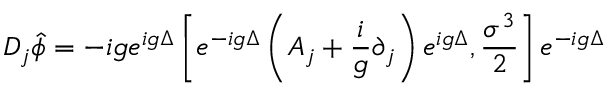
D _ { j } \hat { \phi } = - i g e ^ { i g \Delta } \left[ e ^ { - i g \Delta } \left( A _ { j } + \frac { i } { g } \partial _ { j } \right) e ^ { i g \Delta } , \frac { \sigma ^ { 3 } } { 2 } \right] e ^ { - i g \Delta }